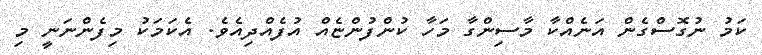
ކަމު ނުގޮސްގެން އަނެއްކާ މާސިންގާ މަހާ ކުންފުންޏެއް އުފެއްދިއެވެ. އެކަމަކު މިފެންނަނީ މި